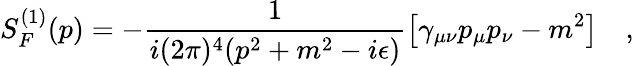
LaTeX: S_{F}^{(1)}(p)=-\frac{1}{i(2\pi)^{4}(p^{2}+m^{2}-i\epsilon)}\left[\gamma_{\mu\nu}p_{\mu}p_{\nu}-m^{2}\right]\quad,